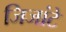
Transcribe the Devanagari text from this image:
जिजांटे